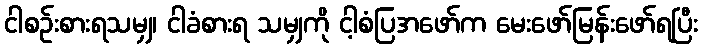
ငါစဉ်းစားရသမျှ၊ ငါခံစားရ သမျှကို ငါ့စံပြအဖော်က မေးဖော်မြန်းဖော်ရပြီး